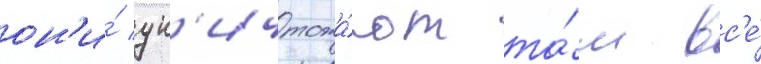
он'и́ ун'ичтожа́ют та́м вс'е́